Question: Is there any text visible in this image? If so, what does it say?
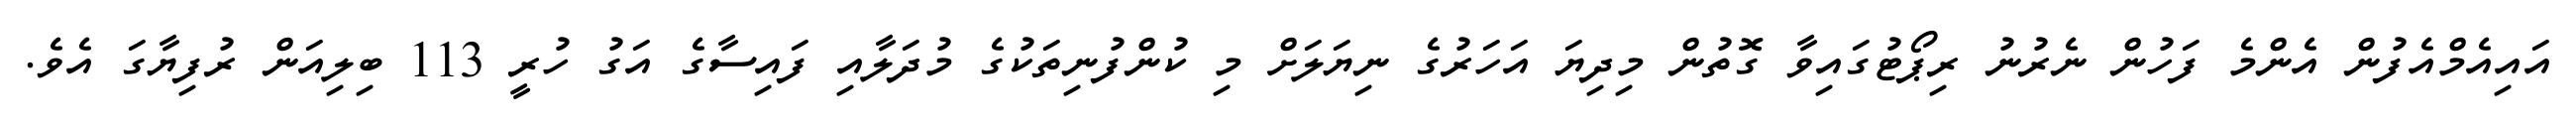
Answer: އައިއެމްއެފުން އެންމެ ފަހުން ނެރުނު ރިޕޯޓުގައިވާ ގޮތުން މިދިޔަ އަހަރުގެ ނިޔަލަށް މި ކުންފުނިތަކުގެ މުދަލާއި ފައިސާގެ އަގު ހުރީ 113 ބިލިއަން ރުފިޔާގަ އެވެ.